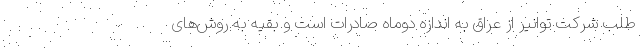
طلب شرکت توانیر از عراق به اندازه دوماه صادرات است و بقیه به روش‌های